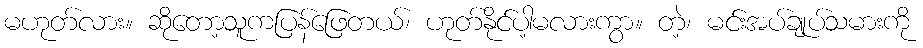
မဟုတ်လား။ ဆိုတော့သူကပြန်ဖြေတယ်၊ ဟုတ်နိုင်ပါ့မလားကွာ။ တဲ့၊ မင်းအပ်ချုပ်သမားကို